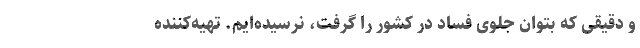
و دقیقی که بتوان جلوی فساد در کشور را گرفت، نرسیده‌ایم. تهیه‌کننده